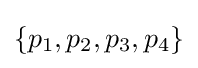
\lbrace p_{1},p_{2},p_{3},p_{4}\rbrace